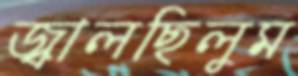
জ্বালছিলুম